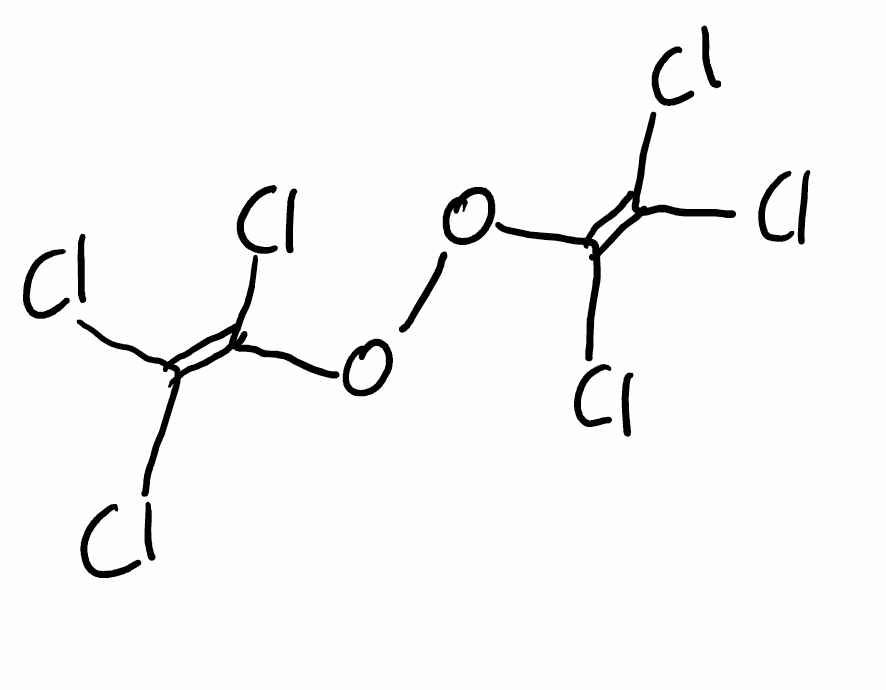
Simplified molecular-input line-entry system (SMILES) notation of the given molecule:
C(=C(Cl)Cl)(OOC(=C(Cl)Cl)Cl)Cl